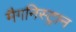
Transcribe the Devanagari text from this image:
मैगनिस्ट्रान